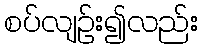
စပ်လျဉ်း၍လည်း